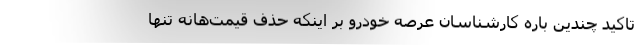
تاکید چندین باره کارشناسان عرصه خودرو بر اینکه حذف قیمت‌هانه تنها